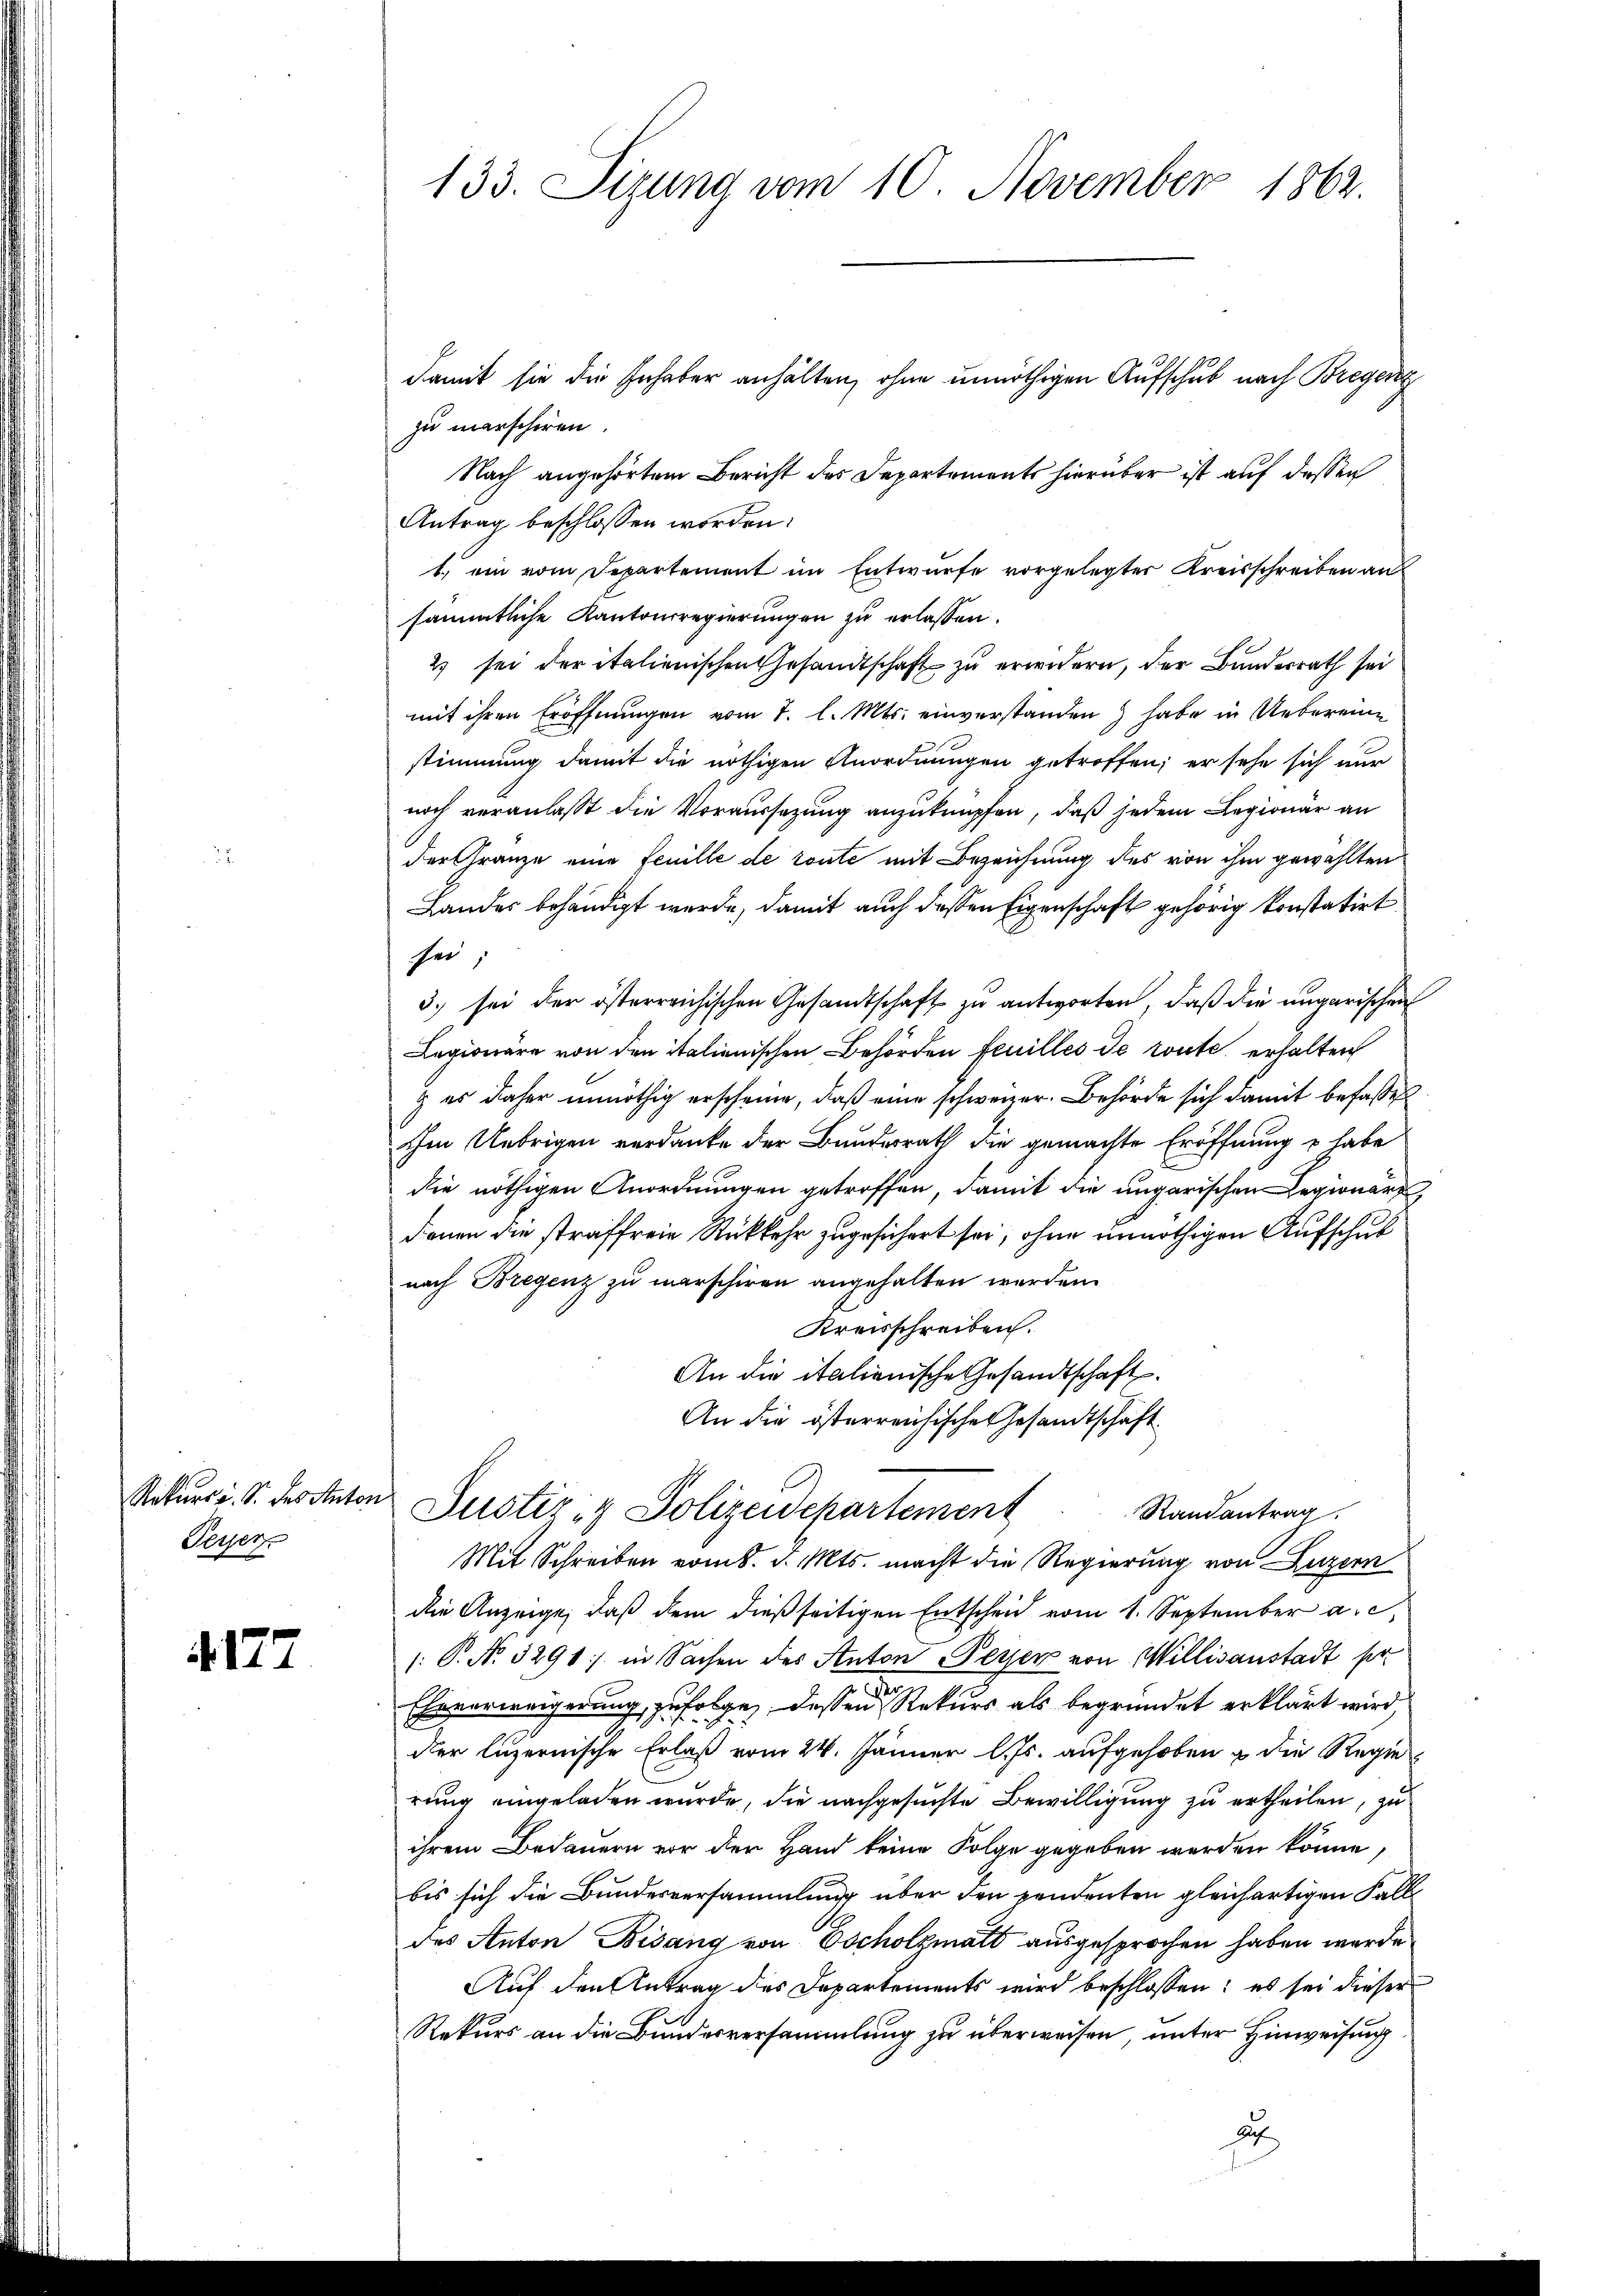
Rekurs u. S. des Anton
Peyer

A127

damit sie die Inhaber anhalten, ohne unnöthigen Aufschub nach Bregenz
zu marschiren.
Nach angehörtem Bericht des Departements hierüber ist auf dessen
Antrag beschlossen worden.
1. ein vom Departement im Entwurfe vorgelegter Kreisschreiben an
sämmtliche Kantonsregierungen zu erlassen.
2 sei der italienischen Gesandtschaft zu erwidern, der Bundesrath sei
mit ihren Eröffnungen vom 1. l. Mts. einverstanden habe in Uebereine
stimmung damit die nöthigen Anordnungen getroffen; er sehe sich nur
noch veranlasst die Voraussetzung anzuknüpfen, daß jedem Legionär an
der Gränze eine feuille de toute mit Bezeichnung des von ihm gewählten
Landes behändigt werde, damit auch dessen Eigenschaft gehörig konstatirt
sei,
3. sei der österreichischen Gesandtschaft zu antworten, daß die ungarischen
Legionäre von den italienischen Behörden feuilles de route erhalten
g es daher unnöthig erscheine, daß eine schweizer. Behörde sich damit befaßen
ihm Uebrigen verdanke der Bundesrath die gemachte Eröffnung & habe
die nöthigen Anordnungen getroffen, damit die ungarischen Legionare
denen die straffreie Rückkehr zugesichert sei, ohne unnöthigen Aufschul
nach Bregenz zu marschiren angehalten werden.
Kreisschreiben.
An die italienische Gesandtschaft
An die österreichische Gesandtschaft
Randantrag
Justiz- & Polizeidepartement
Mit Schreiben vom 8. d. Mts. macht die Regierung von Luzern
die Anzeige, daß dem dießseitigen Entscheid vom 1. September a. c.
: P. No. 3291] in Sachen des Anton Peyer von Willisanstadt pr
Eheverweigerung, zufolgen, dessen Rekurs als begründet erklärt wird,
der luzernische Erlaß vom 24. Jänner l. Js. aufgehoben & die Regie
rung eingeladen wurde, die nachgesuchte Bewilligung zu ertheilen, zu
ihrem Bedauern vor der Hand keine Folge gegeben werden könne,
bis sich die Bundesversammlung über den pendenten gleichartigen Fall
des Anton Bisang von Escholzmatt ausgesprochen haben werde
Auf den Antrag des Departements wird beschlossen: es sei dieser
Rekurs an die Bundesversammlung zu überweisen unter Hinweisung
Hoch

133. Sizung vom 10. November 1862.